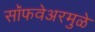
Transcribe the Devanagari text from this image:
सॉफवेअरमुळे